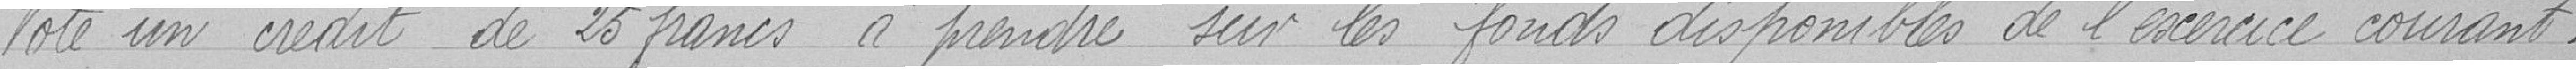
Vote un crédit de 25 francs à prendre sur les fonds disponibles de l'exercice courant.